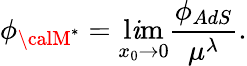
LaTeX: \phi_{\calM^{*}}=\operatorname*{l\mathit{i}m}_{x_{0}\to0}{\frac{{\phi_{AdS}}}{{\mu^{\lambda}}}}.